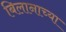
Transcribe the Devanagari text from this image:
बिलानाच्या